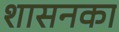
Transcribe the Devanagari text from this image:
शासनका